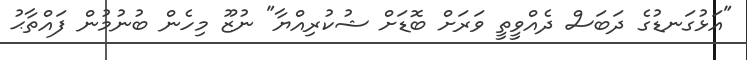
"އަޅުގަނޑުގެ ދަބަސް ދެއްވީތީ ވަރަށް ބޮޑަށް ޝުކުރިއްޔާ" ނުޒޫ މިހެން ބުނުމުން ފައްތާޙު